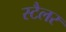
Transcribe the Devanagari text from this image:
स्टैलर